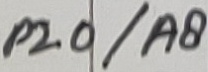
Text: P2.0/A8